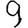
Digit: 9